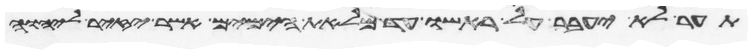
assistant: תער לא יעבר על ראשו עד מלאת הימים אשר יזיר ליהוה